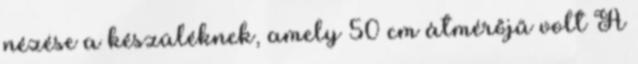
nézése a készüléknek, amely 50 cm átmérőjű volt A